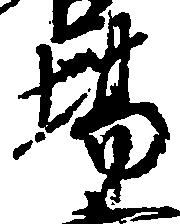
場